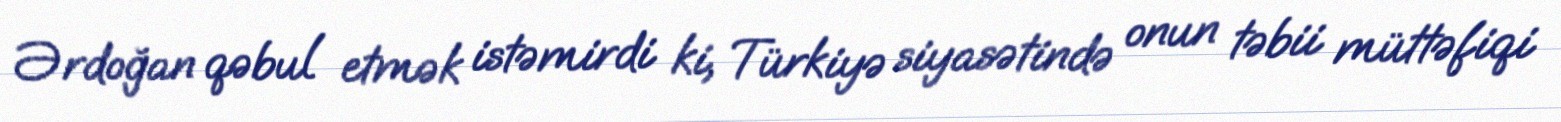
Ərdoğan qəbul etmək istəmirdi ki, Türkiyə siyasətində onun təbii müttəfiqi